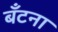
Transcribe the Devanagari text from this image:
बँटना